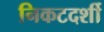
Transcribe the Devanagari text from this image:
निकटदर्शी